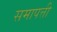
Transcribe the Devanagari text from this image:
समापत्ती